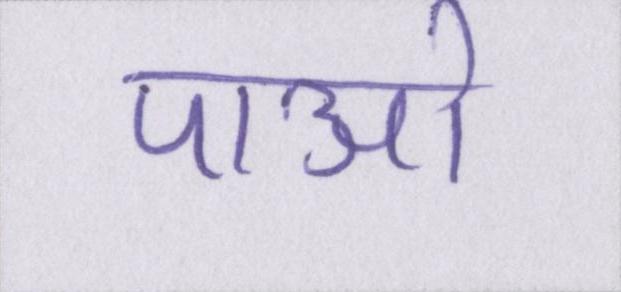
पाओ